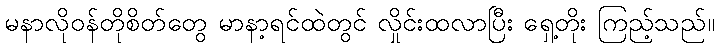
မနာလိုဝန်တိုစိတ်တွေ မာနာ့ရင်ထဲတွင် လှိုင်းထလာပြီး ရှေ့တိုး ကြည့်သည်။